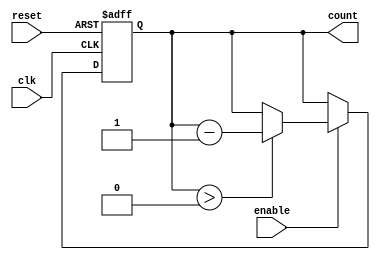
module down_counter #(
    parameter N = 3 // Number of bits for the counter
)(
    input wire clk,        // Clock signal
    input wire reset,      // Asynchronous reset signal
    input wire enable,     // Enable signal for counting down
    output reg [N-1:0] count // Current count output
);

// State transition logic
always @(posedge clk or posedge reset) begin
    if (reset) begin
        // On reset, set count to maximum value (2^N - 1)
        count <= (1 << N) - 1; // This is equivalent to 2^N - 1
    end else if (enable) begin
        // On clock edge and if enabled, decrement the count
        if (count > 0) begin
            count <= count - 1;
        end
    end
    // If not enabled, retain the current state (count)
end

endmodule